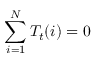
\sum _ { i = 1 } ^ { N } T _ { t } ( i ) = 0